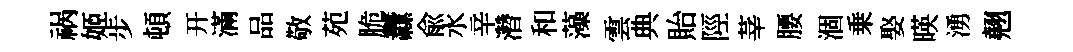
祸姬步頓开滿品敬苑脆纛兪水辛濳和藻雲典貽陘莘腰涸乗娶暎湧翹